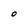
Character: O